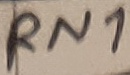
Text: RN1